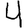
Digit: 4